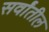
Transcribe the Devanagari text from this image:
सर्वांतील